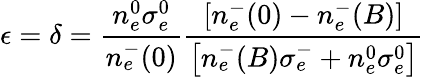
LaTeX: \epsilon=\delta=\frac{n_{e}^{0}\sigma_{e}^{0}}{n_{e}^{-}(0)}\frac{\left[n_{e}^{-}(0)-n_{e}^{-}(B)\right]}{\left[n_{e}^{-}(B)\sigma_{e}^{-}+n_{e}^{0}\sigma_{e}^{0}\right]}